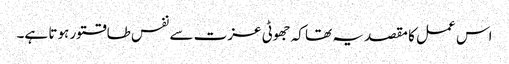
اس عمل کا مقصد یہ تھا کہ جھوٹی عزت سے نفس طاقتور ہوتا ہے۔